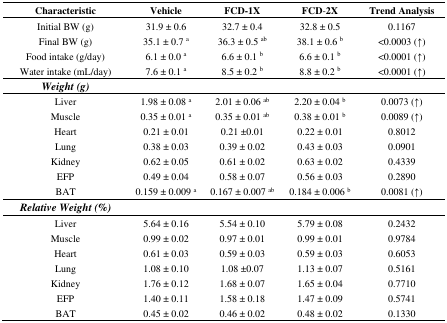
<table><thead><tr><td><b>Characteristic</b></td><td><b>Vehicle</b></td><td><b>FCD-1X</b></td><td><b>FCD-2X</b></td><td><b>Trend Analysis</b></td></tr></thead><tbody><tr><td>Initial BW (g)</td><td>31.9 ± 0.6</td><td>32.7 ± 0.4</td><td>32.8 ± 0.5</td><td>0.1167</td></tr><tr><td>Final BW (g)</td><td>35.1 ± 0.7 <sup>a</sup></td><td>36.3 ± 0.5 <sup>ab</sup></td><td>38.1 ± 0.6 <sup>b</sup></td><td>&lt;0.0003 (↑)</td></tr><tr><td>Food intake (g/day)</td><td>6.1 ± 0.0 <sup>a</sup></td><td>6.6 ± 0.1 <sup>b</sup></td><td>6.6 ± 0.1 <sup>b</sup></td><td>&lt;0.0001 (↑)</td></tr><tr><td>Water intake (mL/day)</td><td>7.6 ± 0.1 <sup>a</sup></td><td>8.5 ± 0.2 <sup>b</sup></td><td>8.8 ± 0.2 <sup>b</sup></td><td>&lt;0.0001 (↑)</td></tr><tr><td><b><i>Weight (g)</i></b></td><td></td><td></td><td></td><td></td></tr><tr><td>Liver</td><td>1.98 ± 0.08 <sup>a</sup></td><td>2.01 ± 0.06 <sup>ab</sup></td><td>2.20 ± 0.04 <sup>b</sup></td><td>0.0073 (↑)</td></tr><tr><td>Muscle</td><td>0.35 ± 0.01 <sup>a</sup></td><td>0.35 ± 0.01 <sup>ab</sup></td><td>0.38 ± 0.01 <sup>b</sup></td><td>0.0089 (↑)</td></tr><tr><td>Heart</td><td>0.21 ± 0.01</td><td>0.21 ±0.01</td><td>0.22 ± 0.01</td><td>0.8012</td></tr><tr><td>Lung</td><td>0.38 ± 0.03</td><td>0.39 ± 0.02</td><td>0.43 ± 0.03</td><td>0.0901</td></tr><tr><td>Kidney</td><td>0.62 ± 0.05</td><td>0.61 ± 0.02</td><td>0.63 ± 0.02</td><td>0.4339</td></tr><tr><td>EFP</td><td>0.49 ± 0.04</td><td>0.58 ± 0.07</td><td>0.56 ± 0.03</td><td>0.2890</td></tr><tr><td>BAT</td><td>0.159 ± 0.009 <sup>a</sup></td><td>0.167 ± 0.007 <sup>ab</sup></td><td>0.184 ± 0.006 <sup>b</sup></td><td>0.0081 (↑)</td></tr><tr><td><b><i>Relative Weight (%)</i></b></td><td></td><td></td><td></td><td></td></tr><tr><td>Liver</td><td>5.64 ± 0.16</td><td>5.54 ± 0.10</td><td>5.79 ± 0.08</td><td>0.2432</td></tr><tr><td>Muscle</td><td>0.99 ± 0.02</td><td>0.97 ± 0.01</td><td>0.99 ± 0.01</td><td>0.9784</td></tr><tr><td>Heart</td><td>0.61 ± 0.03</td><td>0.59 ± 0.03</td><td>0.59 ± 0.03</td><td>0.6053</td></tr><tr><td>Lung</td><td>1.08 ± 0.10</td><td>1.08 ±0.07</td><td>1.13 ± 0.07</td><td>0.5161</td></tr><tr><td>Kidney</td><td>1.76 ± 0.12</td><td>1.68 ± 0.07</td><td>1.65 ± 0.04</td><td>0.7710</td></tr><tr><td>EFP</td><td>1.40 ± 0.11</td><td>1.58 ± 0.18</td><td>1.47 ± 0.09</td><td>0.5741</td></tr><tr><td>BAT</td><td>0.45 ± 0.02</td><td>0.46 ± 0.02</td><td>0.48 ± 0.02</td><td>0.1330</td></tr></tbody></table>